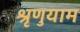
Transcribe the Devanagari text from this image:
श्रृणुयाम